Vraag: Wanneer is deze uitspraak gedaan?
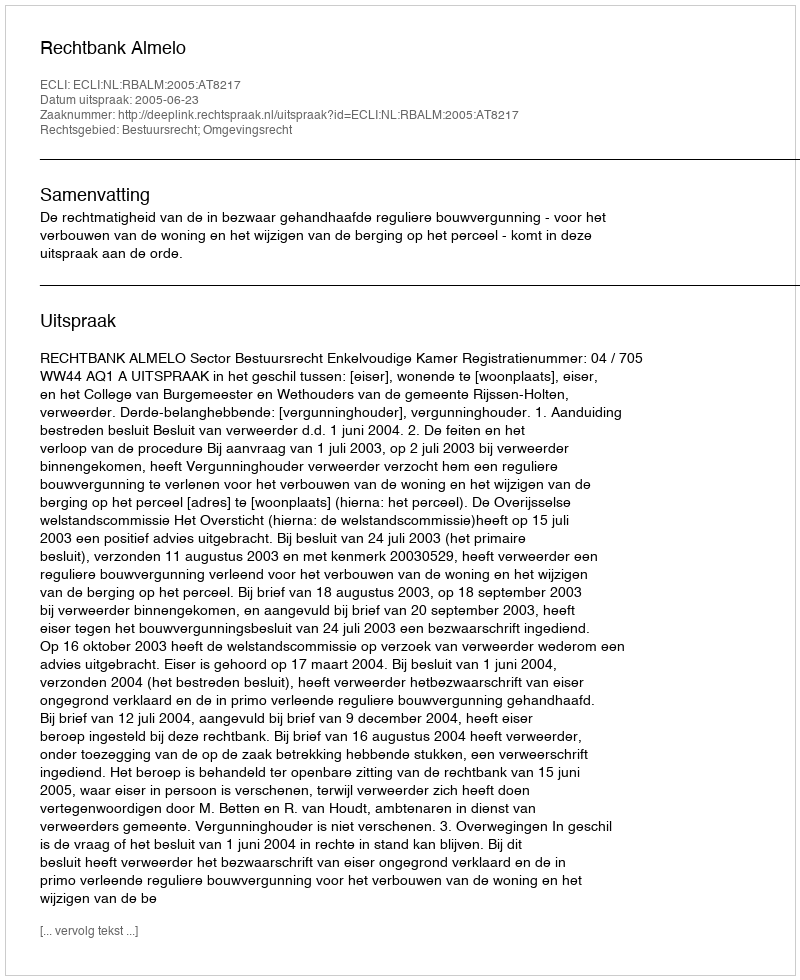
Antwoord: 2005-06-23